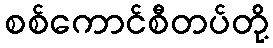
စစ်ကောင်စီတပ်တို့